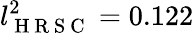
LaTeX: l_{\mathrm{~H~R~S~C~}}^{2}=0.122